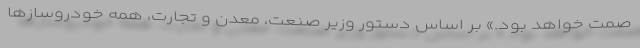
صمت خواهد بود.» بر اساس دستور وزیر صنعت، معدن و تجارت، همه خودروسازها